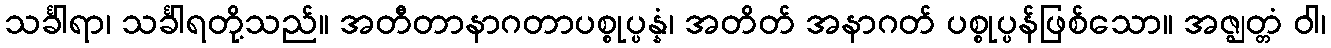
သင်္ခါရာ၊ သင်္ခါရတို့သည်။ အတီတာနာဂတာပစ္စုပ္ပန္နံ၊ အတိတ် အနာဂတ် ပစ္စုပ္ပန်ဖြစ်သော။ အဇ္ဈတ္တံ ဝါ၊